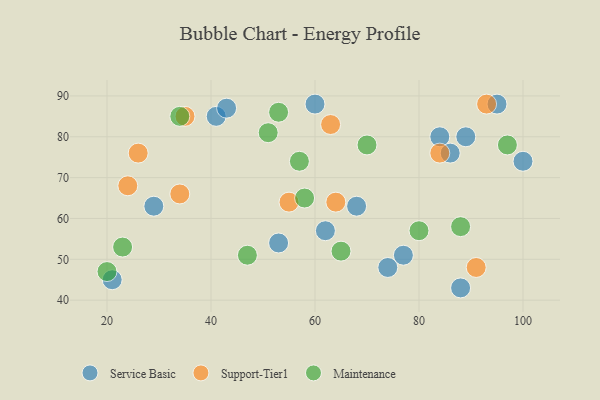
{"axis": {"x": "GDP", "y": "Life Expectancy"}, "legend": ["Maintenance", "Service Basic", "Support-Tier1"], "data": [{"x": "41", "y": 85, "type": "Service Basic"}, {"x": "68", "y": 63, "type": "Service Basic"}, {"x": "86", "y": 76, "type": "Service Basic"}, {"x": "60", "y": 88, "type": "Service Basic"}, {"x": "29", "y": 63, "type": "Service Basic"}, {"x": "53", "y": 54, "type": "Service Basic"}, {"x": "74", "y": 48, "type": "Service Basic"}, {"x": "95", "y": 88, "type": "Service Basic"}, {"x": "100", "y": 74, "type": "Service Basic"}, {"x": "62", "y": 57, "type": "Service Basic"}, {"x": "21", "y": 45, "type": "Service Basic"}, {"x": "89", "y": 80, "type": "Service Basic"}, {"x": "84", "y": 80, "type": "Service Basic"}, {"x": "88", "y": 43, "type": "Service Basic"}, {"x": "43", "y": 87, "type": "Service Basic"}, {"x": "77", "y": 51, "type": "Service Basic"}, {"x": "34", "y": 66, "type": "Support-Tier1"}, {"x": "26", "y": 76, "type": "Support-Tier1"}, {"x": "55", "y": 64, "type": "Support-Tier1"}, {"x": "91", "y": 48, "type": "Support-Tier1"}, {"x": "35", "y": 85, "type": "Support-Tier1"}, {"x": "93", "y": 88, "type": "Support-Tier1"}, {"x": "84", "y": 76, "type": "Support-Tier1"}, {"x": "63", "y": 83, "type": "Support-Tier1"}, {"x": "64", "y": 64, "type": "Support-Tier1"}, {"x": "24", "y": 68, "type": "Support-Tier1"}, {"x": "70", "y": 78, "type": "Maintenance"}, {"x": "53", "y": 86, "type": "Maintenance"}, {"x": "88", "y": 58, "type": "Maintenance"}, {"x": "97", "y": 78, "type": "Maintenance"}, {"x": "23", "y": 53, "type": "Maintenance"}, {"x": "57", "y": 74, "type": "Maintenance"}, {"x": "34", "y": 85, "type": "Maintenance"}, {"x": "58", "y": 65, "type": "Maintenance"}, {"x": "47", "y": 51, "type": "Maintenance"}, {"x": "51", "y": 81, "type": "Maintenance"}, {"x": "65", "y": 52, "type": "Maintenance"}, {"x": "80", "y": 57, "type": "Maintenance"}, {"x": "20", "y": 47, "type": "Maintenance"}]}